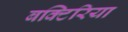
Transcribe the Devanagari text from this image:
बक्टिरिया